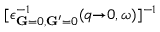
[ \epsilon _ { \mathbf { G } { = } 0 , \mathbf { G ^ { \prime } } { = } 0 } ^ { - 1 } ( q { \rightarrow } 0 , \omega ) ] ^ { - 1 }